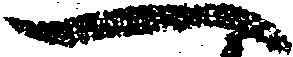
一